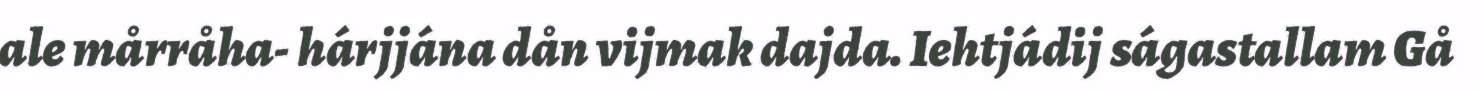
ale mårråha- hárjjána dån vijmak dajda. Iehtjádij ságastallam Gå